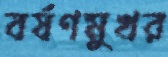
বর্ষণমুখর